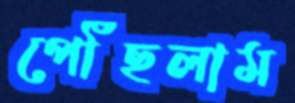
পৌঁছলাম